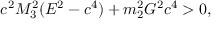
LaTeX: c ^ { 2 } M _ { 3 } ^ { 2 } ( E ^ { 2 } - c ^ { 4 } ) + m _ { 2 } ^ { 2 } G ^ { 2 } c ^ { 4 } > 0 ,